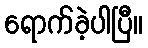
ရောက်ခဲ့ပါပြီ။